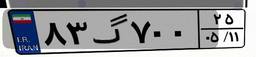
۸۹گ۵۴۴۴۲